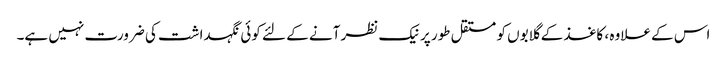
اس کے علاوہ ، کاغذ کے گلابوں کو مستقل طور پر نیک نظر آنے کے لئے کوئی نگہداشت کی ضرورت نہیں ہے۔